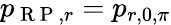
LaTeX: p_{\mathrm{~R~P~},r}=p_{r,0,\pi}